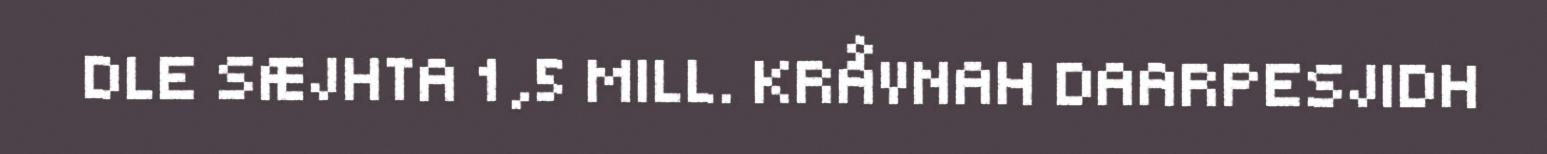
DLE SÆJHTA 1,5 MILL. KRÅVNAH DAARPESJIDH